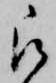
被